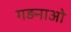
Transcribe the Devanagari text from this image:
गड़नाओ